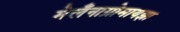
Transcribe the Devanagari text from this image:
मेलँनाग्रोमायझा